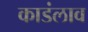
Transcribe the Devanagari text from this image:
काडंलाव